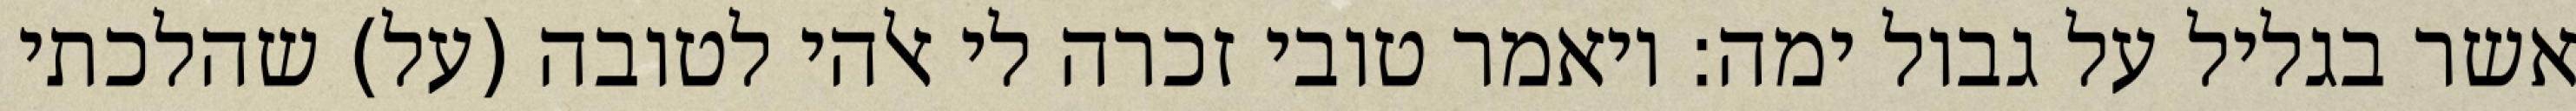
אשר בגליל על גבול ימה: ויאמר טובי זכרה לי אלהי לטובה (על) שהלכתי